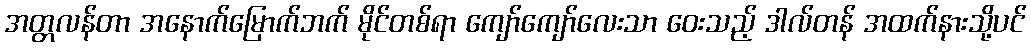
အတ္တလန်တာ အနောက်မြောက်ဘက် မိုင်တစ်ရာ ကျော်ကျော်လေးသာ ဝေးသည့် ဒါလ်တန် အထက်နားသို့ပင်